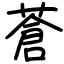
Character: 蒼